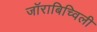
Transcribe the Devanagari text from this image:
जॉराबिच्विली